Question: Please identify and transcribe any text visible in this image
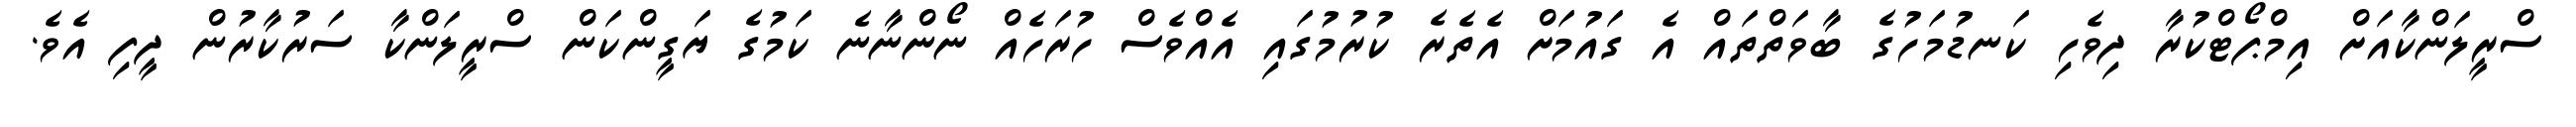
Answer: ސްރީލަންކާއަށް އިމްޕޯޓްކުރާ ދިވެހި ކަނޑުމަހުގެ ބާވަތްތައް އެ ގައުމަށް އެތެރެ ކުރުމުގައި އެއްވެސް ހުރަހެއް ނޯންނާނެ ކަމުގެ ޔަގީންކަން ސްރީލަންކާ ސަރުކާރުން ދީފި އެވެ.